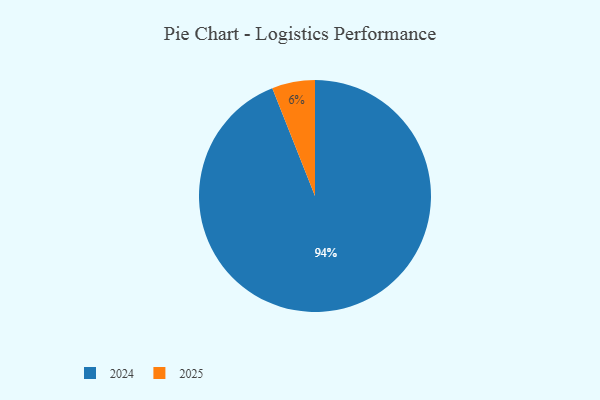
{"axis": {"x": "Category", "y": "Percentage"}, "legend": ["2024", "2025"], "data": [{"x": "2025", "y": 6, "type": "2025"}, {"x": "2024", "y": 94, "type": "2024"}]}